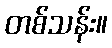
တစ်သန်း။